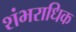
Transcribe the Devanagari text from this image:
शंभराधिक